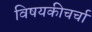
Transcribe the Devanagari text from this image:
विषयकीचर्चा